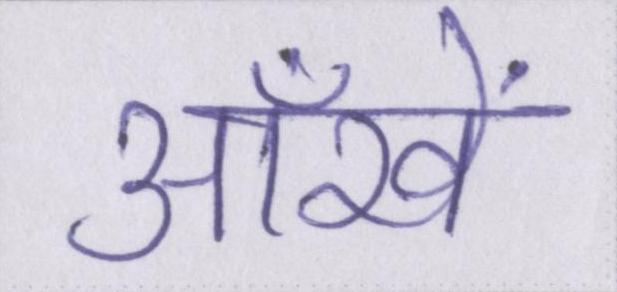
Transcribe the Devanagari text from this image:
ऑंखें